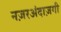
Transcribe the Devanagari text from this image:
नज़रअंदाज़गी